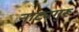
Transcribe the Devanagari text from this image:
नाट्यगुरू